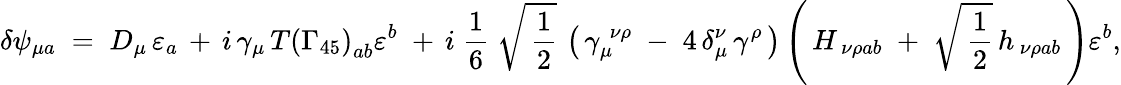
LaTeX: \delta\psi_{\mu a}\; =\; D_{\mu}\, \varepsilon_{a}\, +\, i\, \gamma_{\mu}\, T\left(\Gamma_{45}\right)_{ab}\varepsilon^{b}\; +\, i\; \frac{1}{6}\; \sqrt{\, \frac{1}{2}}\, \left(\, \gamma_{\mu}^{\; \nu\rho}\; -\; 4\, \delta_{\mu}^{\nu}\, \gamma^{\rho}\, \right)\left(\, H_{\, \nu\rho ab}\; +\; \sqrt{\, \frac{1}{2}}\, h_{\, \nu\rho ab}\, \right)\varepsilon^{b},